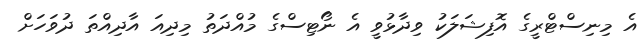
އެ މިނިސްޓްރީގެ އޮފިޝަލަކު ވިދާޅުވީ އެ ނޯޓިސްގެ މުއްދަތު މިދިއަ އާދިއްތަ ދުވަހަށް